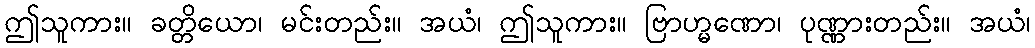
ဤသူကား။ ခတ္တိယော၊ မင်းတည်း။ အယံ၊ ဤသူကား။ ဗြာဟ္မဏော၊ ပုဏ္ဏားတည်း။ အယံ၊